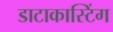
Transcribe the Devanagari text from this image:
डाटाकास्टिंग